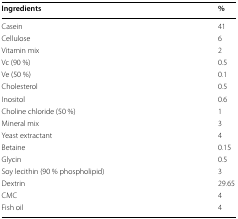
| Ingredients | % |
 | --- | --- |
 | Casein | 41 |
 | Cellulose | 6 |
 | Vitamin mix | 2 |
 | Vc (90 %) | 0.5 |
 | Ve (50 %) | 0.1 |
 | Cholesterol | 0.5 |
 | Inositol | 0.6 |
 | Choline chloride (50 %) | 1 |
 | Mineral mix | 3 |
 | Yeast extractant | 4 |
 | Betaine | 0.15 |
 | Glycin | 0.5 |
 | Soy lecithin (90 % phospholipid) | 3 |
 | Dextrin | 29.65 |
 | CMC | 4 |
 | Fish oil | 4 |